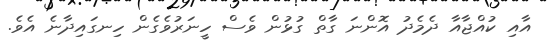
އާއި ކުއްޖާއާ ދެމެދު އޮންނަ ގާތް ގުޅުން ވެސް ހީނަރުވެގެން ހިނގައިދާނެ އެވެ.